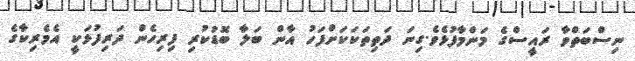
ނިސްބަތްވާ ރައީސްގެ މަންމާފުޅެވެ.ގިނަ ދަތިތަކަކަށްފަހު އާން ބަލާ ބޮޑުކުރި ފިރިހެން ދަރިފުޅަކީ އެމެރިކާގެ